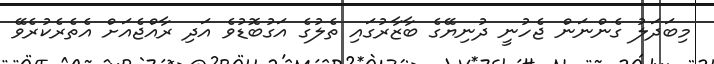
މިބަދަލު ގެންނަން ޖެހުނީ ދުނިޔޭގެ ބާޒާރުގައި ތެލުގެ އަގުބޮޑުވެ އަދި ރާއްޖެއަށް އެތެރެކުރެވޭ